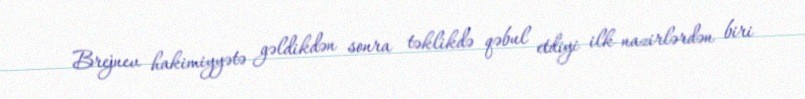
Brejnev hakimiyyətə gəldikdən sonra təklikdə qəbul etdiyi ilk nazirlərdən biri